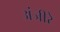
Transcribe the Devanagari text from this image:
अंजीरे